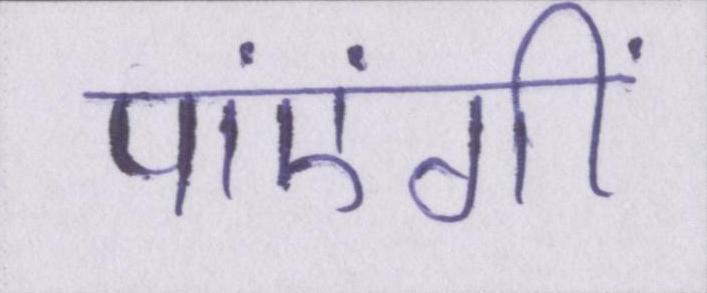
पाएंगीं